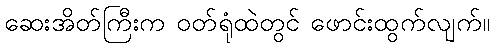
ဆေးအိတ်ကြီးက ဝတ်ရုံထဲတွင် ဖောင်းထွက်လျက်။